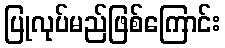
ပြုလုပ်မည်ဖြစ်ကြောင်း